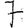
Digit: 7